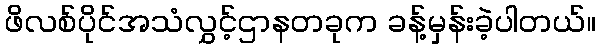
ဖိလစ်ပိုင်အသံလွှင့်ဌာနတခုက ခန့်မှန်းခဲ့ပါတယ်။